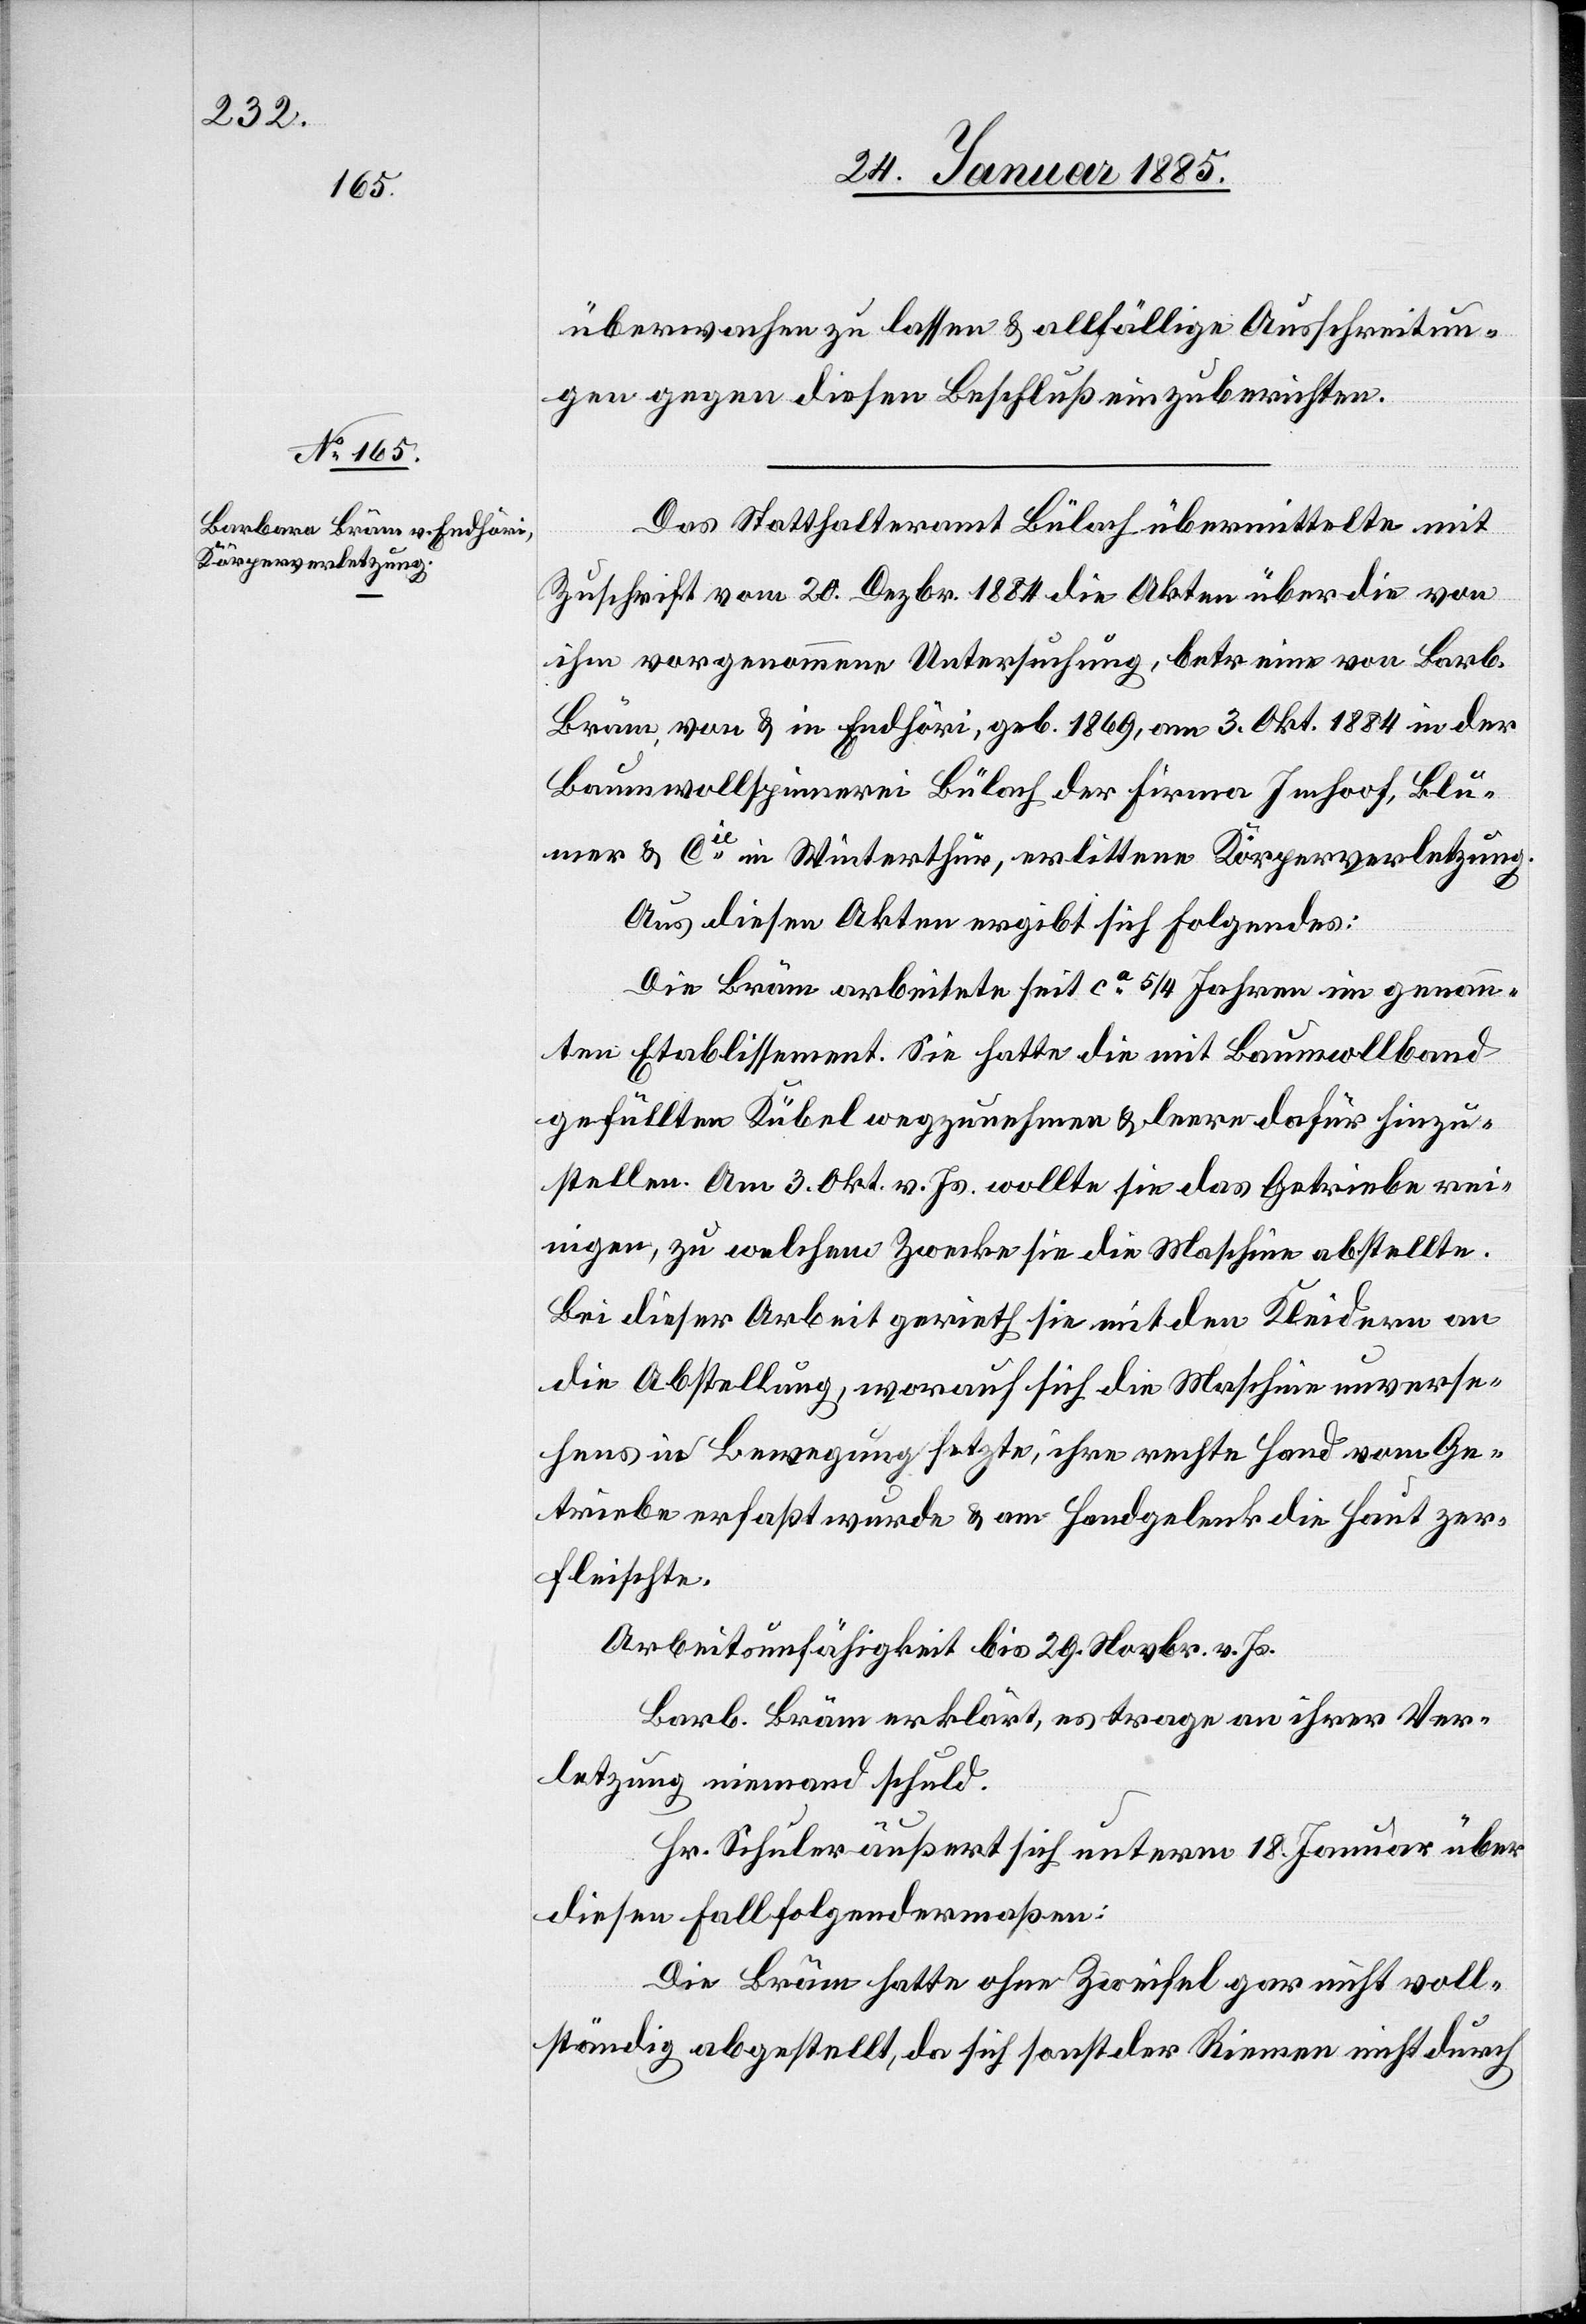
überwachen zu lassen & allfällige Ausschreitun¬
gen gegen diesen Beschluß einzuberichten.
Das Statthalteramt Bülach übermittelte mit
Zuschrift vom 20. Dezbr. 1884 die Akten über die von
ihm vorgenommene Untersuchung, betr. eine von Barb.
Bräm, von & in Endhöri, geb. 1869, am 3. Okt. 1884 in der
Baumwollspinnerei Bülach der Firma Imhoof, Blu¬
mer & Cie in Winterthur, erlittene Körperverletzung.
Aus diesen Akten ergibt sich folgende:
Die Bräm arbeitete seit ca 5/4 Jahren im genann¬
ten Etablissement. Sie hatte die mit Bauwollband
gefüllten Kübel wegzunehmen & leere dafür hinzu¬
stellen. Am 3. Okt. v. Js. wollte sie das Getriebe rei¬
nigen, zu welchem Zwecke sie die Maschine abstellte.
Bei dieser Arbeit gerieth sie mit den Kleidern an
die Abstellung, worauf sich die Maschine unverse¬
hens in Bewegung setzte, ihre rechte Hand vom Ge¬
triebe erfaßt wurde & am Handgelenk die Haut zer¬
fleischte.
Arbeitsunfähigkeit bis 29. Novbr. v. Js.
Barb. Bräm erklärt, es trage an ihrer Ver¬
letzung niemand schuld.
Hr. Schuler äußert sich unterm 18. Januar über
diesen Fall folgendermaßen:
Die Bräm hatte ohne Zweifel gar nicht voll¬
ständig abgestellt, da sich sonst der Riemen nicht durch